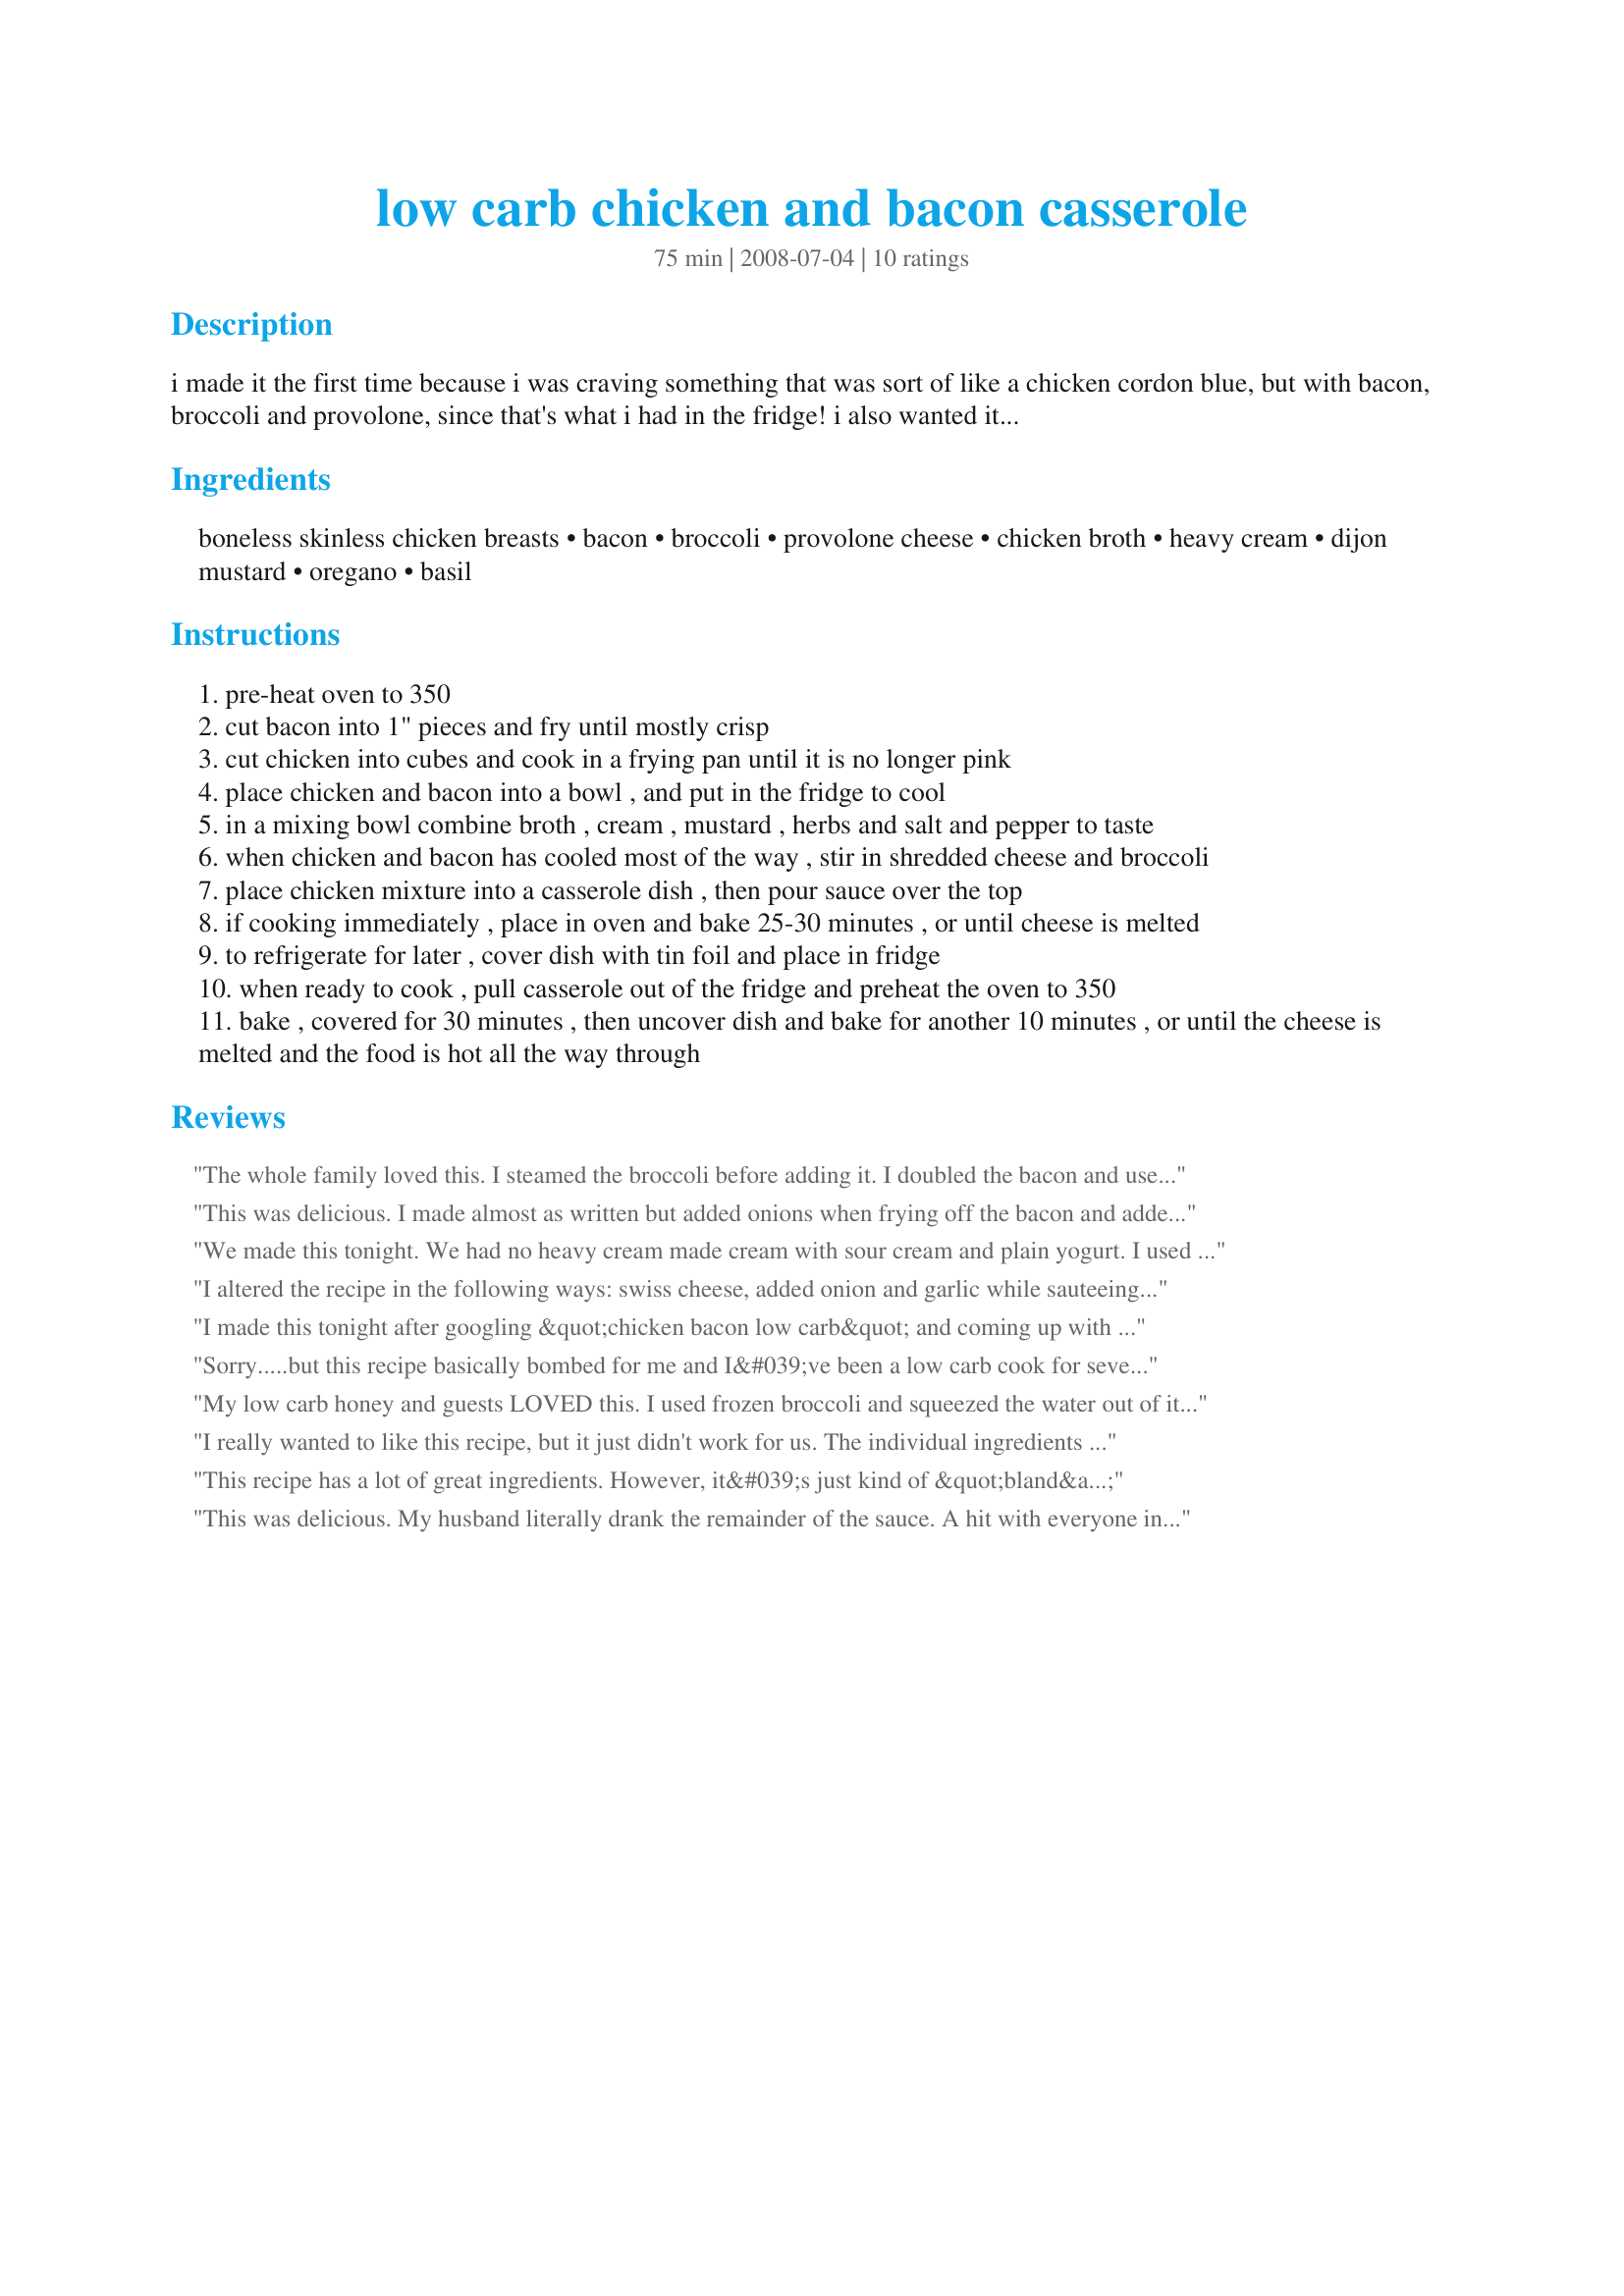
low carb chicken and bacon casserole
Preparation time: 75 minutes

i made it the first time because i was craving something that was sort of like a chicken cordon blue, but with bacon, broccoli and provolone, since that's what i had in the fridge! i also wanted it to be a casserole so my wife could make it when she got home from. so i made it in the morning, put it in a baking dish in the fridge and they cooked it up when they got home.

if you're not a big fan of mustard, certainly reduce it, or omit it altogether, it should still be just as good.

Ingredients:
boneless skinless chicken breasts, bacon, broccoli, provolone cheese, chicken broth, heavy cream, dijon mustard, oregano, basil

Steps:
pre-heat oven to 350
cut bacon into 1" pieces and fry until mostly crisp
cut chicken into cubes and cook in a frying pan until it is no longer pink
place chicken and bacon into a bowl , and put in the fridge to cool
in a mixing bowl combine broth , cream , mustard , herbs and salt and pepper to taste
when chicken and bacon has cooled most of the way , stir in shredded cheese and broccoli
place chicken mixture into a casserole dish , then pour sauce over the top
if cooking immediately , place in oven and bake 25-30 minutes , or until cheese is melted
to refrigerate for later , cover dish with tin foil and place in fridge
when ready to cook , pull casserole out of the fridge and preheat the oven to 350
bake , covered for 30 minutes , then uncover dish and bake for another 10 minutes , or until the cheese is melted and the food is hot all the way through

Reviews:
The whole family loved this. I steamed the broccoli before adding it. I doubled the bacon and used a bag of Sargento 6 cheese Italian shredded cheese. Everything else was done exactly as written (even though I was skeptical about 1/4 cup of dijon). We are a family of 4 and there were no leftovers.
This was delicious. I made almost as written but added onions when frying off the bacon and added garlic powder to the sauce. I used fresh broccoli cut into tiny florets and blanched for a few minutes before adding to the dish. I thought all the different tastes made a tasty full flavored dish and I wouldn't change a thing. I served it with pasta but would prefer rice next time and there will definitely be a next time. Thank you kendiggy for sharing your recipe
We made this tonight. We had no heavy cream made cream with sour cream and plain yogurt. I used turkey bacon. Next time I will double the bacon.
I altered the recipe in the following ways: swiss cheese, added onion and garlic while sauteeing chicken and added asparagus with the broccoli. I can&#039;t place what it was, perhaps the vegetables I used, that made this &quot;just okay.&quot; I will try again with some different combinations because swiss, bacon and chicken are 3 of my favorite ingredients!
I made this tonight after googling &quot;chicken bacon low carb&quot; and coming up with this. It was frankly very easy because I had pre-cooked chicken strips. Everyone in the family ***really*** loved it. The changes were pretty minor: I subbed chopped cauliflower for the broccoli, and sauteed it in the leftover bacon drippings before adding to the casserole. I used milk instead of cream, because I didn&#039;t have cream on hand--not as low carb but the taste was still excellent. Italian seasoning was a easy sub for the basil and oregano. I would definitely make this again if I had the ingredients on hand.
Sorry.....but this recipe basically bombed for me and I&#039;ve been a low carb cook for several decades. In my opinion, these are the reasons it was a flop: 1. need to precook the broccoli. So, after I spent quite a bit of time making this, once it was in everyone&#039;s bowl (three men &amp; myself) they all noticed right away the broccoli was hard as a brick. I then had to fish out all the broccoli and put it in the microwave.....this caused the chicken to become overcooked and kind of hard. 2. This dish needs more veggies (so next time I try it, I&#039;ll add garlic, onions, mushrooms &amp; perhaps some celery 3. It was very runny.....more like a soup so I wouldn&#039;t call this a casserole....so a thickening agent is needed. 4. Though the sauce wasn&#039;t bad, to me it was very bland so we ended up adding Frank&#039;s Red Hot sauce...so I was kind of &quot;Buffalo Chicken Soup.&quot; 6. Putting the bacon and chicken in the refrigerator was totally unnecessary and a waste of time. 7. I&#039;d add another cheese next time with the provolone because I think this was the reason it tasted bland. 8. You don&#039;t need to cook the chicken until it&#039;s no longer pink since it&#039;s going in the microwave for 30 minutes. In short, and not to be mean, but this whole &quot;casserole&quot; needs to be reworked.
My low carb honey and guests LOVED this. I used frozen broccoli and squeezed the water out of it so that it wouldn't make the whole dish water-logged. I cut down on the chicken stock, too, for the same reason. I doubled the bacon. I left it covered for the duration of the cooking time. Next time I might add in some sauteed onions.
Faleminderit SHUME (thanks a lot!).
I really wanted to like this recipe, but it just didn't work for us. The individual ingredients are all favorites of ours, so it should have been a winner, but no. The salty bacon and provolone proved to be too much. Maybe one or the other would have been okay, but not both. Sorry.
This recipe has a lot of great ingredients. However, it&#039;s just kind of &quot;bland&quot;. I steamed the broccoli before cooking the dish and added 1/4 lb. of cremini mushrooms, used a 1/2 cup of chicken stock and added a little bit of Jalepenos. When it was done, I drizzled sriracha sauce on top. It ended up a pretty good dish, not amazing, but good and not at all spicy. IMHO, it&#039;s the recipe sauce that needs to be re-worked. It would be better with an Alfredo cream sauce, if nothing else. Next time, I will add fresh chopped onions, garlic and use Cheddar cheese instead of provolone. Or, go the Alfredo route.
This was delicious. My husband literally drank the remainder of the sauce. A hit with everyone in our family of 6. I used canned chicken breast to make this a super quick dinner.
